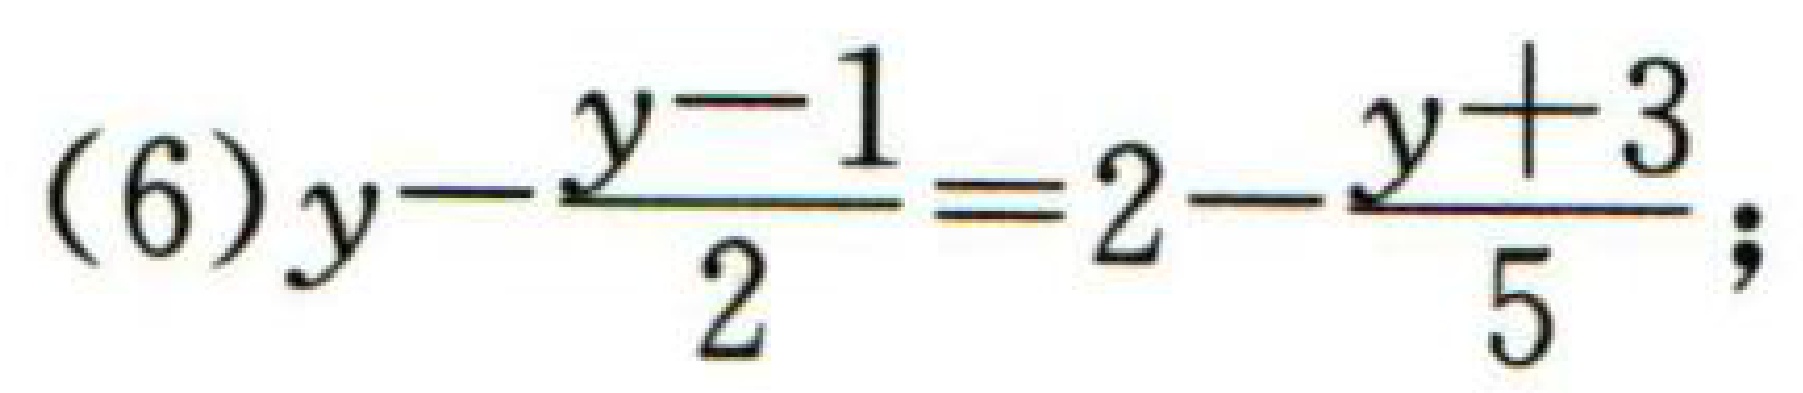
\((6)y - \frac{y - 1}{2} = 2 - \frac{y + 3}{5};\)